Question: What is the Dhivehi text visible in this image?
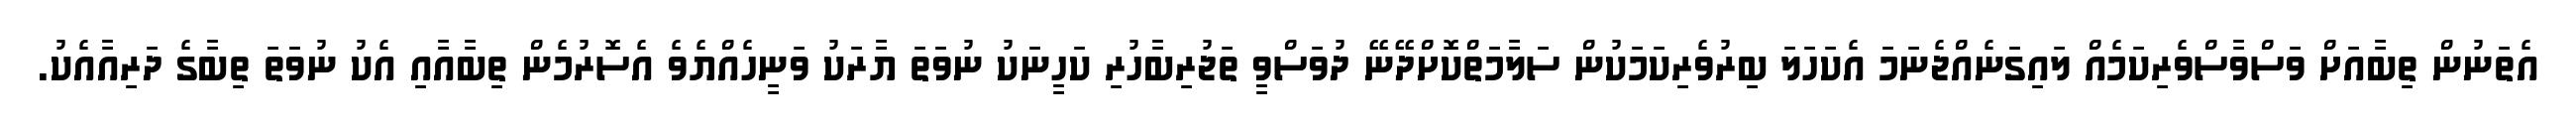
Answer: އެތަނުން ތިބާއަށް ވަސްވާސްވެރިކަމެއް ލައިގަނެއްޖެނަމަ އެކަހަލަ ބިރުވެރިކަމަކުން ސަލާމަތްކޮށްދޭނޭ ދުވަސްވީ ތަޖުރިބާހުރި ކަހީނަކު ނުވަތަ ޔާރަކު ވަނީހެއްޔެވެ އެސޮރުމެން ތިބާއާއި އެކު ނުވަތަ ތިބާގެ ދަރިއާއެކު.